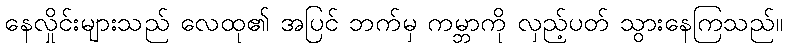
နေလှိုင်းများသည် လေထု၏ အပြင် ဘက်မှ ကမ္ဘာကို လှည့်ပတ် သွားနေကြသည်။